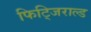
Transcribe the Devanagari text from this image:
फिट्जिराल्ड